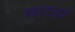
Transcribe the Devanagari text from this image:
धाडतो